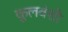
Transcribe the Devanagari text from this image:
कुलवंशी